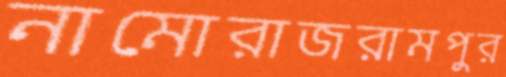
নামোরাজরামপুর